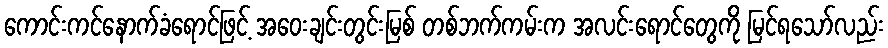
ကောင်းကင်နောက်ခံရောင်ဖြင့် အဝေးချင်းတွင်းမြစ် တစ်ဘက်ကမ်းက အလင်းရောင်တွေကို မြင်ရသော်လည်း